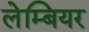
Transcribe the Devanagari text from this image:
लेम्बियर